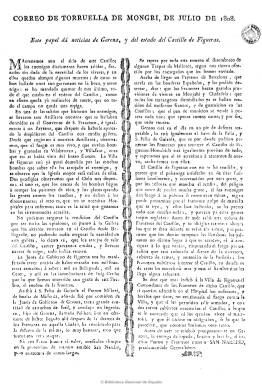
Título: Correo de Torruella de Mongrí
Colección: Periódicos anteriores a 1850
Ámbito geográfico: Gerona
Lugar de publicación: Torruella de Mongrí [Gerona]
Fechas: 01/07/1808-01/07/1808

El periódico más antiguo de la villa gerundense de Torroella de Montgrí, publicado en julio de 1808, durante el asedio del ejército napoleónico de Girona y el castillo de Figueres, de cuya noticia da cuenta. De carácter patriótico, está compuesto en una sola página y a dos columnas, y está considerado como una hoja suelta o volandera, sin periodicidad fija. Destaca también la falta de pie de imprenta, y pudo salir de algún taller de la capital o de Figueres, ya que la villa de Torroella carecía de la misma en aquellas fechas. Se conoce la existencia de otro ejemplar correspondiente al 3 y 5 de julio, también de una página, pero compuesto a una sola columna.